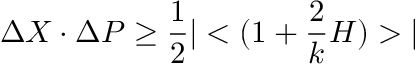
\Delta X \cdot \Delta P \geq \frac { 1 } { 2 } | < ( 1 + \frac { 2 } { k } { \cal H } ) > |